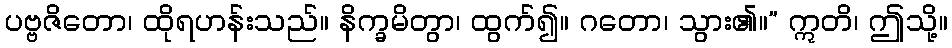
ပဗ္ဗဇိတော၊ ထိုရဟန်းသည်။ နိက္ခမိတွာ၊ ထွက်၍။ ဂတော၊ သွား၏။” ဣတိ၊ ဤသို့။